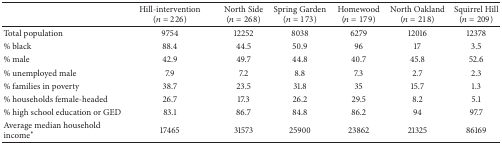
|  | Hill-intervention(n = 226) | North Side(n = 268) | Spring Garden(n = 173) | Homewood(n = 179) | North Oakland(n = 218) | Squirrel Hill(n = 209) |
 | --- | --- | --- | --- | --- | --- | --- |
 | Total population | 9754 | 12252 | 8038 | 6279 | 12016 | 12378 |
 | % black | 88.4 | 44.5 | 50.9 | 96 | 17 | 3.5 |
 | % male | 42.9 | 49.7 | 44.8 | 40.7 | 45.8 | 52.6 |
 | % unemployed male | 7.9 | 7.2 | 8.8 | 7.3 | 2.7 | 2.3 |
 | % families in poverty | 38.7 | 23.5 | 31.8 | 35 | 15.7 | 1.3 |
 | % households female-headed | 26.7 | 17.3 | 26.2 | 29.5 | 8.2 | 5.1 |
 | % high school education or GED | 83.1 | 86.7 | 84.8 | 86.2 | 94 | 97.7 |
 | Average median household income∗ | 17465 | 31573 | 25900 | 23862 | 21325 | 86169 |